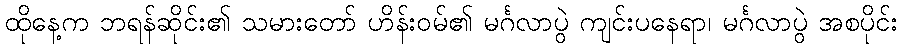
ထိုနေ့က ဘရန်ဆိုင်း၏ သမားတော် ဟိန်းဝမ်၏ မင်္ဂလာပွဲ ကျင်းပနေရာ၊ မင်္ဂလာပွဲ အစပိုင်း